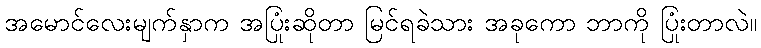
အမောင်လေးမျက်နှာက အပြုံးဆိုတာ မြင်ရခဲသား အခုကော ဘာကို ပြုံးတာလဲ။